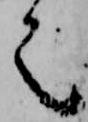
之